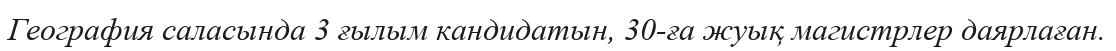
География саласында 3 ғылым кандидатын, 30-ға жуық магистрлер даярлаған.